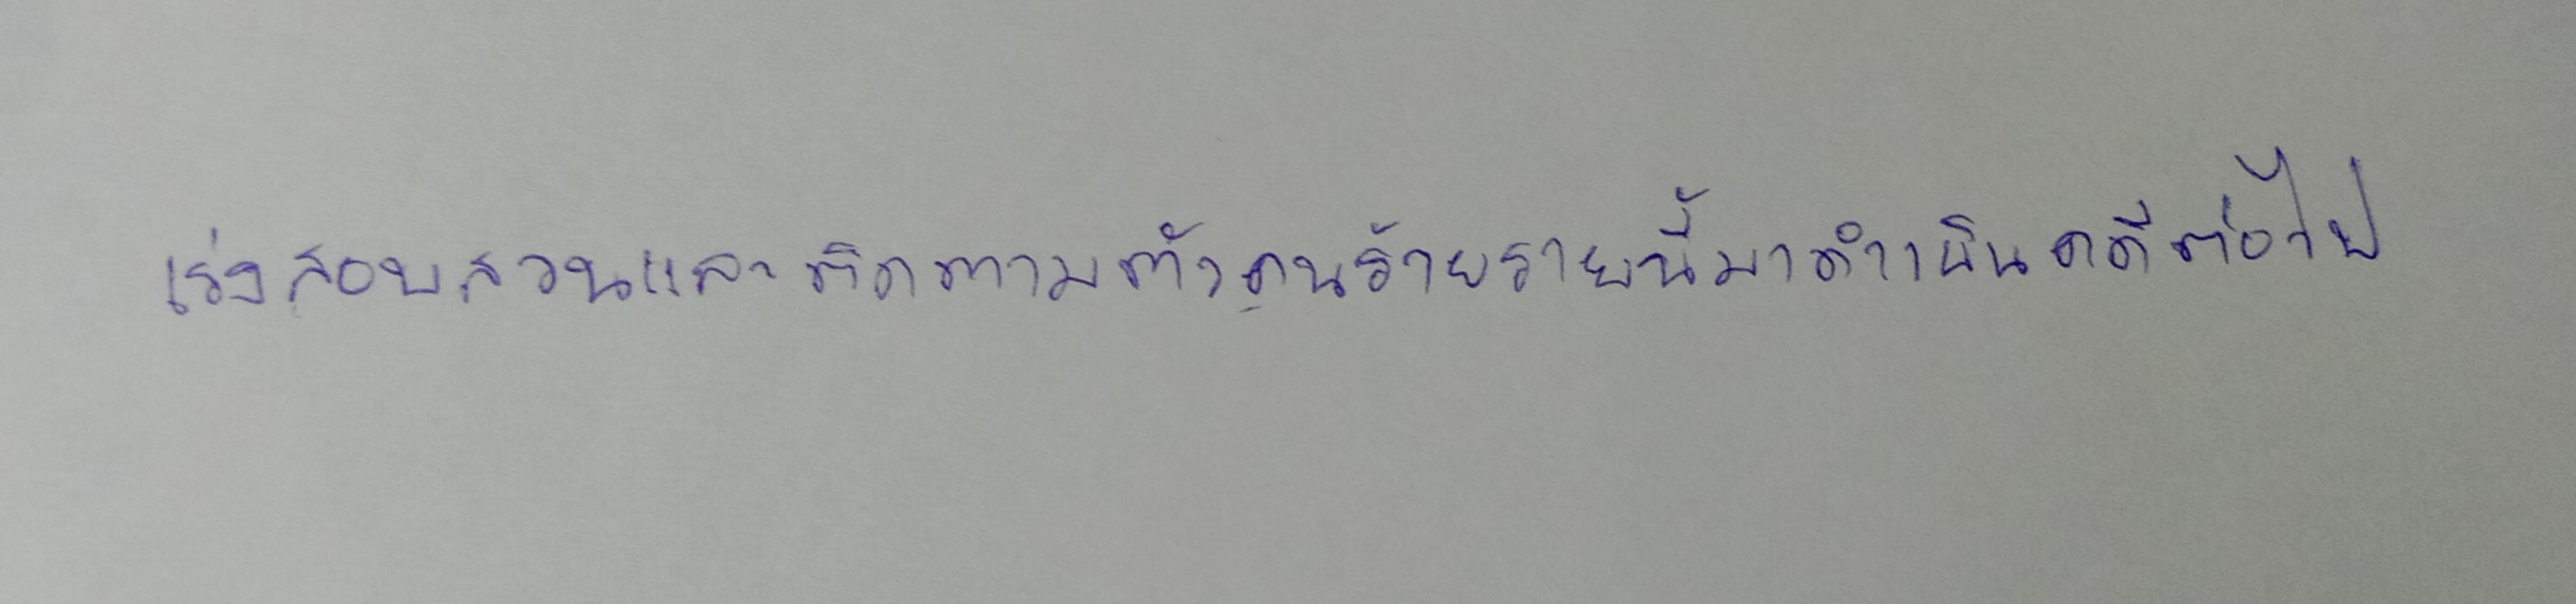
จะเร่งสอบสวนและติดตามตัวคนร้ายรายนี้มาดำเนินคดีต่อไป